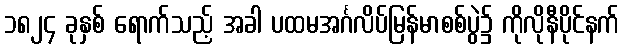
၁၈၂၄ ခုနှစ် ရောက်သည့် အခါ ပထမအင်္ဂလိပ်မြန်မာစစ်ပွဲ၌ ကိုလိုနီပိုင်နက်